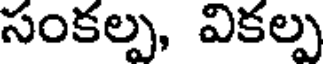
సంకల్ప, వికల్ప